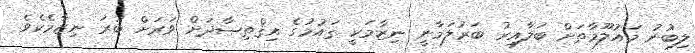
ލިބުނު މައުލޫމާތަށް ބަލާއިރު ބަރުލަމާނީ ނިޒާމަކީ ޤައުމުގެ އިޤްތިޞާދަށް ވަރަށް ބުރަ ނިޒާމެކެވެ.